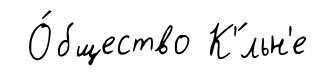
О́бщество К'́льн'е